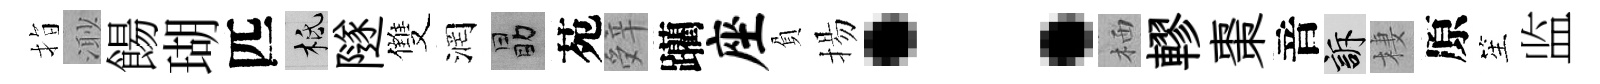
指𣺌餳瑚匹柢隧雙润勗苑辤躪座負揚：栖轇棗音訴棲原笙监